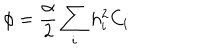
LaTeX: \phi = \frac { \alpha } { 2 } \sum _ { i } h _ { i } ^ { 2 } C _ { i }